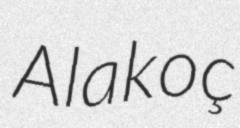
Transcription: Alakoç